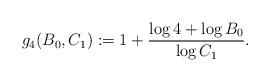
LaTeX: \begin{align*} g_4(B_0, C_1) := 1+\frac{\log 4+\log B_0}{\log C_1}. \end{align*}